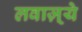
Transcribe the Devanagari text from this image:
लवाज़्ये